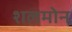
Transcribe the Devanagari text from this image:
शलमोन